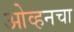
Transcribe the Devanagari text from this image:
ओव्हनचा